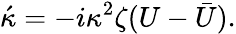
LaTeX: \acute{\kappa}=-i\kappa^{2}\zeta(U-\bar{U}).